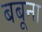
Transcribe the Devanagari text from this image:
बबूना